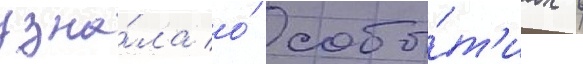
узна́ла о́ собы́т'иах в